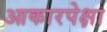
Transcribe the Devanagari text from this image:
आकारपेक्षा